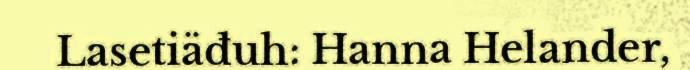
Lasetiäđuh: Hanna Helander,